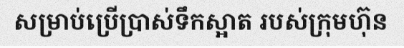
សម្រាប់ប្រើប្រាស់ទឹកស្អាត របស់ក្រុមហ៊ុន